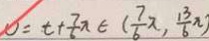
v = t + \frac { 7 } { 6 } \pi \in ( \frac { 7 } { 6 } \pi , \frac { 1 3 } { 6 } \pi )